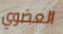
العضوي